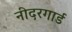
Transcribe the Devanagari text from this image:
नीदरगार्ड